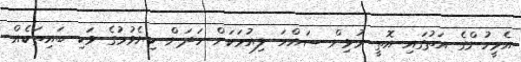
އެމީހުންގެ އަތުގައި އޮތީ މުޅިން ސައްހަ ލިއުމަކަށް ހަދަން ކިޔެވުމުގެ ވަކި ބައިތަކެއް